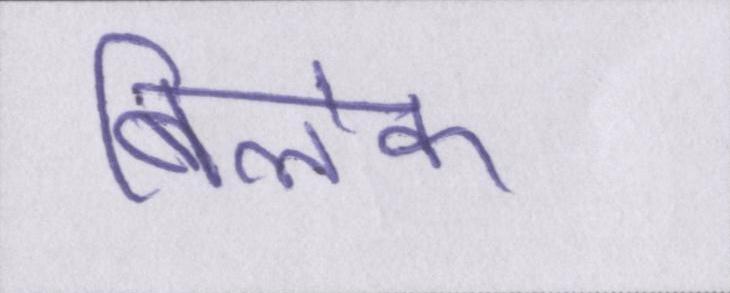
बिलेक